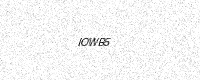
Text: IOWB5